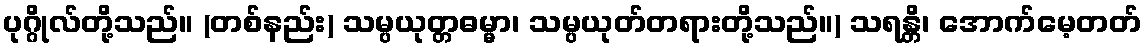
ပုဂ္ဂိုလ်တို့သည်။ (တစ်နည်း) သမ္ပယုတ္တဓမ္မာ၊ သမ္ပယုတ်တရားတို့သည်။) သရန္တိ၊ အောက်မေ့တတ်